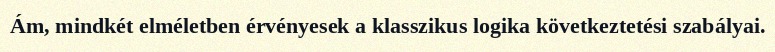
Ám, mindkét elméletben érvényesek a klasszikus logika következtetési szabályai.